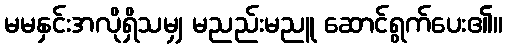
မမနှင်းအလိုရှိသမျှ မညည်းမညူ ဆောင်ရွက်ပေး၏။